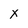
Character: x